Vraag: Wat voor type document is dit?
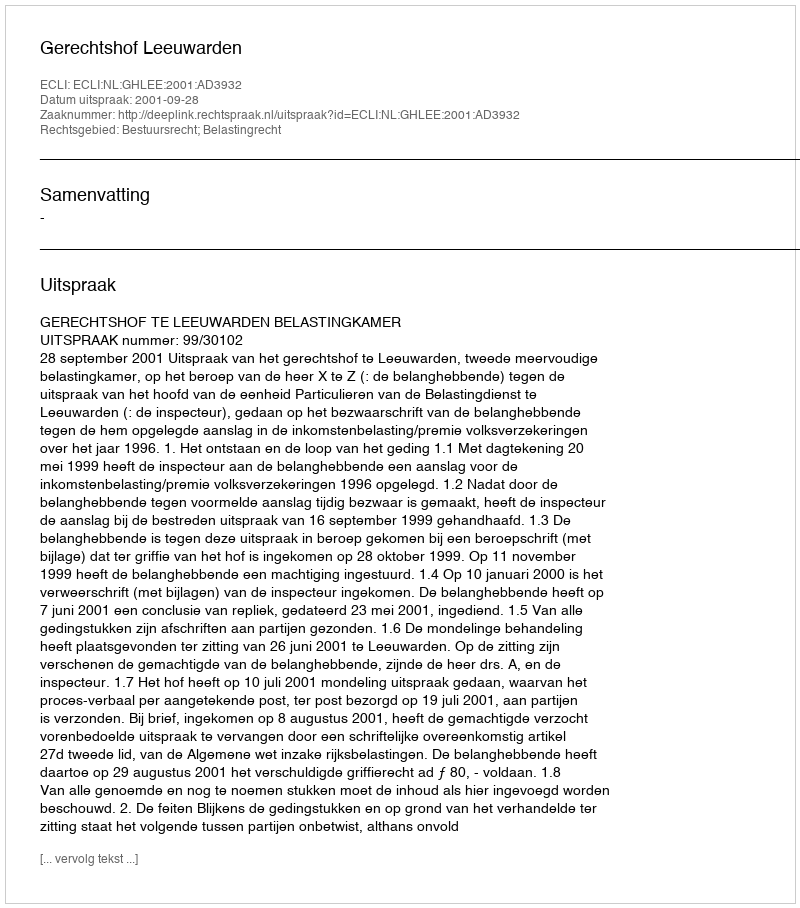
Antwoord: Uitspraak